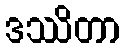
ဒဿိတာ